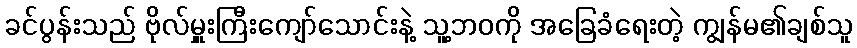
ခင်ပွန်းသည် ဗိုလ်မှူးကြီးကျော်သောင်းနဲ့ သူ့ဘဝကို အခြေခံရေးတဲ့ ကျွန်မ၏ချစ်သူ